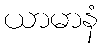
ယာမာနံ